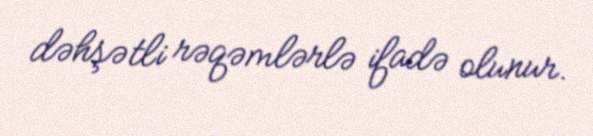
dəhşətli rəqəmlərlə ifadə olunur.